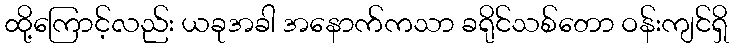
ထို့ကြောင့်လည်း ယခုအခါ အနောက်ကသာ ခရိုင်သစ်တော ဝန်းကျင်ရှိ